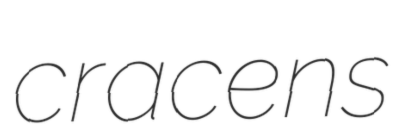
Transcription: cracens